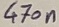
Text: 470n